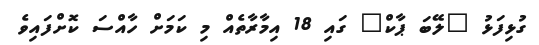
ގުޅިފަޅު "ލޭބަ ޕާކް" ގައި 18 އިމާރާތެއް މި ކަމަށް ހާއްސަ ކޮށްފައިވެ